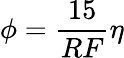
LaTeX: \phi=\frac{15}{RF}\eta